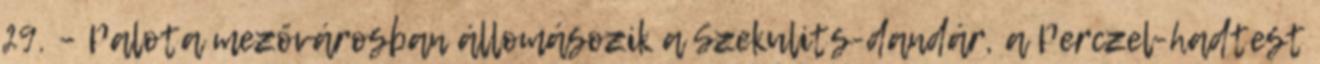
29. – Palota mezővárosban állomásozik a Szekulits-dandár, a Perczel-hadtest